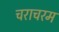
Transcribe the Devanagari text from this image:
चराचरम